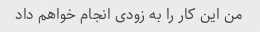
من این کار را به زودی انجام خواهم داد